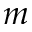
m